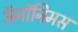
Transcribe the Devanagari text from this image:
ॲनॉनिमस